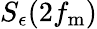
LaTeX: S_{\epsilon}(2f_{\mathrm{m}})